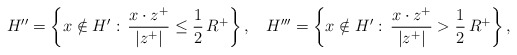
\begin{align*}H''= \bigg\{ x \notin H' :\, \frac{x\cdot z^+}{|z^+|} \leq \frac 12 \, R^+\bigg\}\,, && H'''= \bigg\{ x \notin H' :\, \frac{x\cdot z^+}{|z^+|} > \frac 12 \, R^+\bigg\}\,,\end{align*}